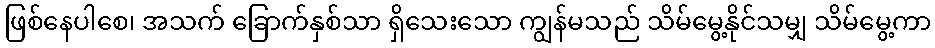
ဖြစ်နေပါစေ၊ အသက် ခြောက်နှစ်သာ ရှိသေးသော ကျွန်မသည် သိမ်မွေ့နိုင်သမျှ သိမ်မွေ့ကာ